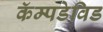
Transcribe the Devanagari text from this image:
कॅम्पडेविड